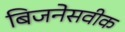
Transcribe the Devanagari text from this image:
बिजनेसवीक